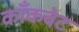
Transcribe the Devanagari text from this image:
काँकवेट